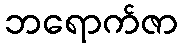
ဘရောက်ဇာ